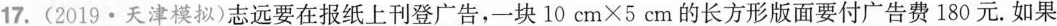
17.(2019·天津模拟)志远要在报纸上刊登广告，一块$$10cm\times 5cm$$的长方形版面要付广告费180元。如果